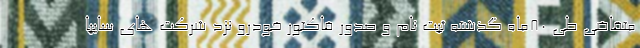
متقاضي طي 80ماه گذشته ثبت نام و صدور فاكتور خودرو نزد شركت هاي سايپا